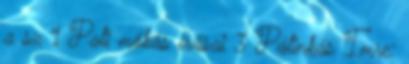
a sz 1 Pali mókás írásai 3 Pálinkás Imre: